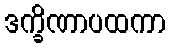
ဒက္ခိဏာပထကာ